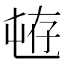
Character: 𱛄